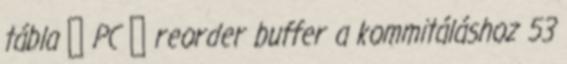
tábla ● PC ● reorder buffer a kommitáláshoz 53